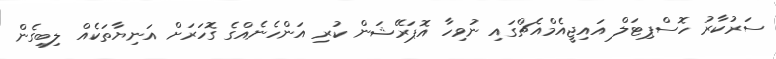
ސަރުކާރު ހޮސްޕިޓަލް އައިޖީއެމްއެޗްގައި ނުވިހާ އޮޕަރޭޝަން ކުރި އަންހެނެއްގެ ގޮހަރަށް އަނިޔާތަކެއް ލިބިގެން